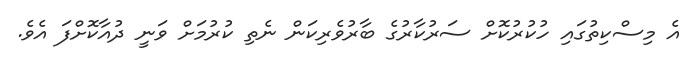
އެ މިސްކިތުގައި ހުކުރުކޮށް ސަރުކާރުގެ ބާރުވެރިކަން ނެތި ކުރުމަށް ވަނީ ދުއާކޮށްފަ އެވެ.